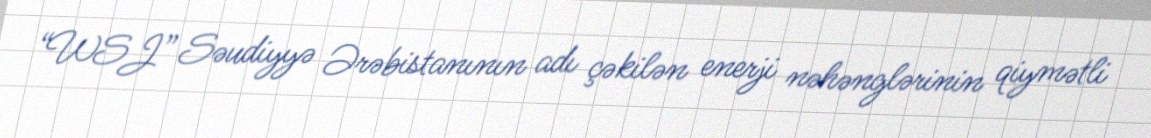
“WSJ” Səudiyyə Ərəbistanının adı çəkilən enerji nəhənglərinin qiymətli